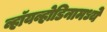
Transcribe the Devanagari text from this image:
व्हॉयव्होडिनामध्ये